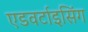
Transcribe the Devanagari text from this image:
एडवर्टाइसिंग